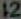
12